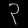
Digit: ၃